Scottish Leaving Certificate Examination, 1961
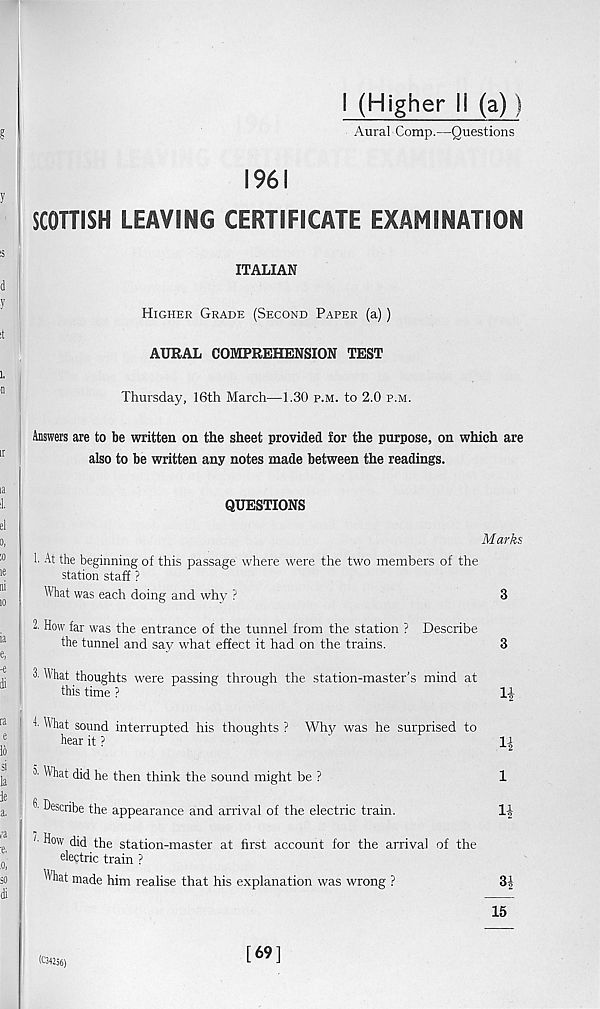
1961
I (Higher li (a))
Aural Comp.—Questions
SCOTTISH LEAVING CERTIFICATE EXAMINATION
ITALIAN
Higher Grade (Second Paper (a))
AURAL COMPREHENSION TEST
Thursday, 16th March—1.30 p.m. to 2.0 p.m.
Answers are to be written on the sheet provided for the purpose, on which are
also to be written any notes made between the readings.
QUESTIONS
Marks
1. At the beginning of this passage where were the two members of the
station staff ?
What was each doing and why ?
3
2. How far was the entrance of the tunnel from the station ? Describe
the tunnel and say what effect it had on the trains.
3
3' What thoughts were passing through the station-master’s mind at
this time ?
A What sound interrupted his thoughts ? Why was he surprised to
hear it ?
'
1\
3' What did he then think the sound might be ?
1
3' Describe the appearance and arrival of the electric train.
1-i
L ^o w chd the station-master at first account for the arrival of the
electric train ?
What made him realise that his explanation was wrong ?
3|
15
(04256)
[69]